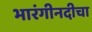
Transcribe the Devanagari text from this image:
भारंगीनदीचा